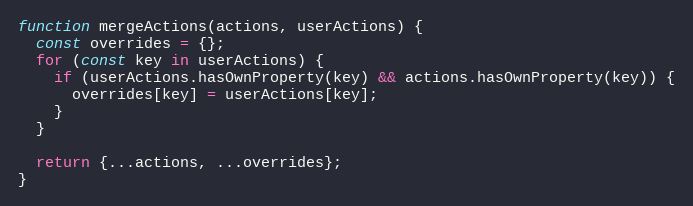
Language: JavaScript
function mergeActions(actions, userActions) {
  const overrides = {};
  for (const key in userActions) {
    if (userActions.hasOwnProperty(key) && actions.hasOwnProperty(key)) {
      overrides[key] = userActions[key];
    }
  }

  return {...actions, ...overrides};
}